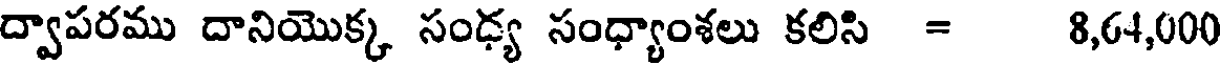
ద్వాపరము దానియొక్క సంధ్య సంధ్యాంశలు కలిసి = 8,64,000